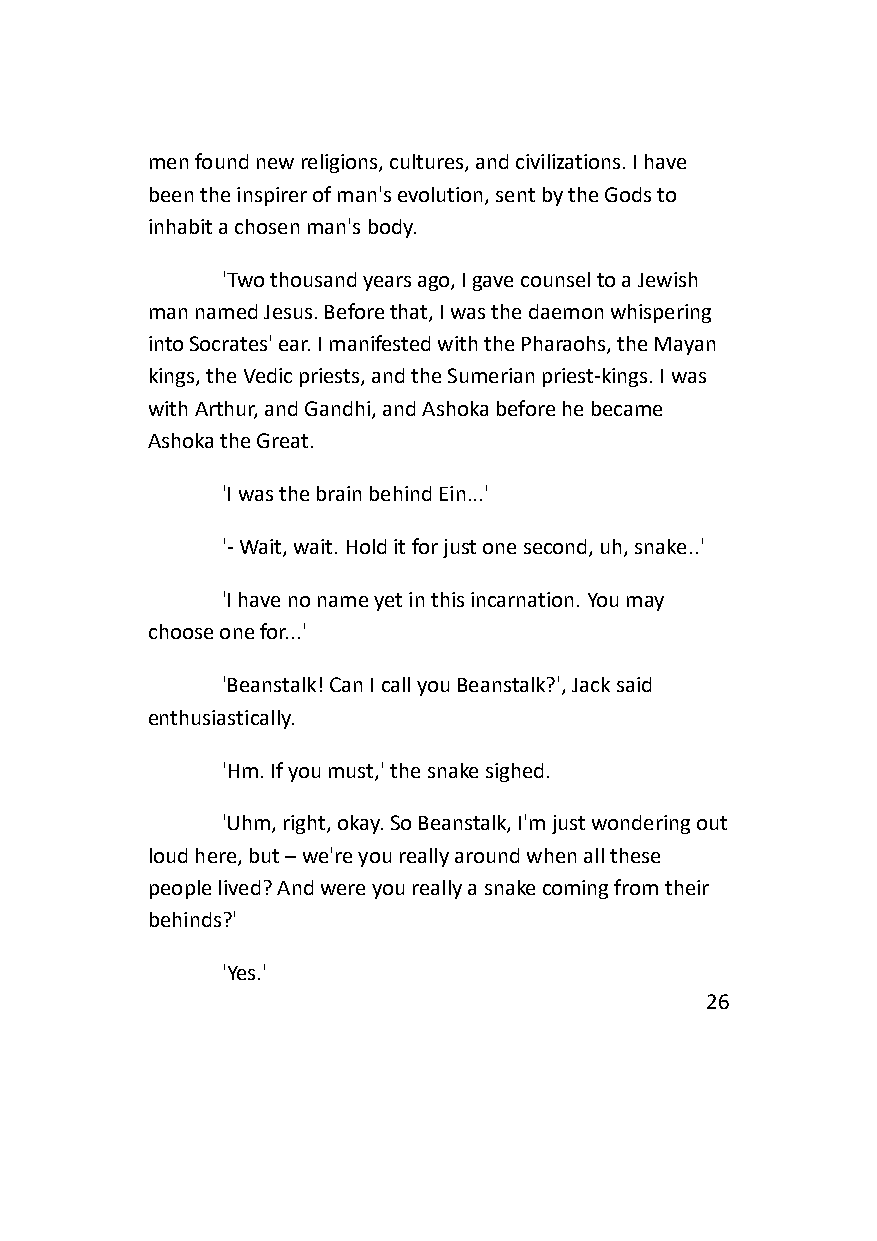
men found new religions, cultures, and civilizations. I have
 been the inspirer of man's evolution, sent by the Gods to
 inhabit a chosen man's body.
 'Two thousand years ago, I gave counsel to a Jewish
 man named Jesus. Before that, I was the daemon whispering
 into Socrates' ear. I manifested with the Pharaohs, the Mayan
 kings, the Vedic priests, and the Sumerian priest-kings. I was
 with Arthur, and Gandhi, and Ashoka before he became
 Ashoka the Great.
 'I was the brain behind Ein...'
 '- Wait, wait. Hold it for just one second, uh, snake..'
 'I have no name yet in this incarnation. You may
 choose one for...'
 'Beanstalk! Can I call you Beanstalk?', Jack said
 enthusiastically.
 'Hm. If you must,' the snake sighed.
 'Uhm, right, okay. So Beanstalk, I'm just wondering out
 loud here, but – we're you really around when all these
 people lived? And were you really a snake coming from their
 behinds?'
 'Yes.'
 26